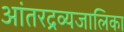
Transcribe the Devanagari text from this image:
आंतरद्रव्यजालिका